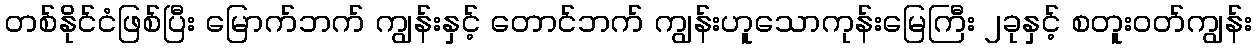
တစ်နိုင်ငံဖြစ်ပြီး မြောက်ဘက် ကျွန်းနှင့် တောင်ဘက် ကျွန်းဟူသောကုန်းမြေကြီး ၂ခုနှင့် စတူးဝတ်ကျွန်း